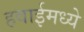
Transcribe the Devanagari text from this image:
हवाईमध्ये